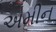
અમીન